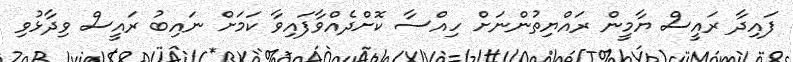
ފައިދާ ރައީސް ޔާމީން ރައްޔިތުންނަށް ހިއްސާ ކޮށްދެއްވާފައިވާ ކަމަށް ނައިބު ރައީސް ވިދާޅުވި